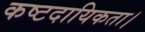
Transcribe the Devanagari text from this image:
कष्टदायिकता।